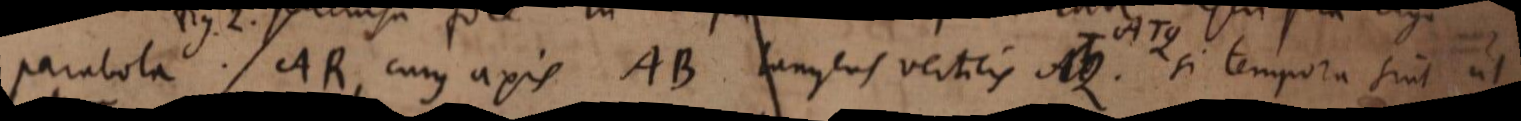
parabola AR, cujus axis AB tangens verticis AQ. Si tempora sint ut